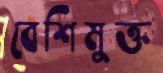
বেশিমুক্ত